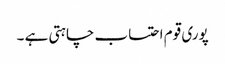
پوری قوم احتساب چاہتی ہے ۔